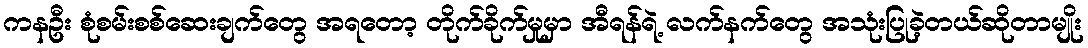
ကနဦး စုံစမ်းစစ်ဆေးချက်တွေ အရတော့ တိုက်ခိုက်မှုမှာ အီရန်ရဲ့ လက်နက်တွေ အသုံးပြုခဲ့တယ်ဆိုတာမျိုး